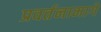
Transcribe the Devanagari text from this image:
प्रवर्तनामागे